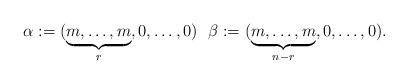
LaTeX: \begin{align*}\alpha:=(\underbrace{m,\ldots,m}_{r},0,\ldots,0)\ \ \beta:=(\underbrace{m,\ldots,m}_{n-r},0,\ldots,0).\end{align*}